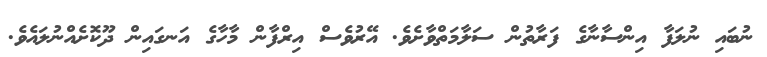
ނުބައި ނުލަފާ އިންސާނާގެ ފަރާތުން ސަލާމަތްވާށެވެ. އޭރުވެސް އިރްފާން މާހާގެ އަނގައިން ދޫކޮށެއްނުލައެވެ.